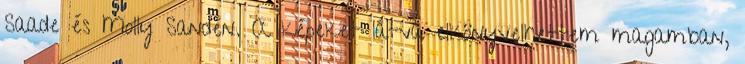
Saade és Molly Sandén. A képeket látva elkönyvelhettem magamban,